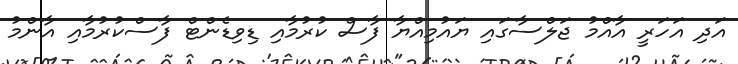
އަދި އަހަރީ އާއްމު ޖަލްސާގައި ޔައުމިއްޔާ ފާސް ކުރުމާއި ޑިވިޑެންޓް ފާސްކުރުމާއި އާންމު